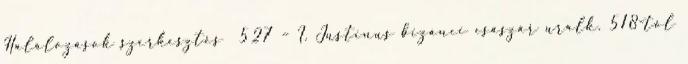
Halálozások szerkesztés 527 – I. Justinus bizánci császár uralk. 518-tól